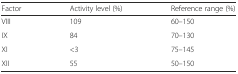
| Factor | Activity level (%) | Reference range (%) |
 | --- | --- | --- |
 | VIII | 109 | 60–150 |
 | IX | 84 | 70–130 |
 | XI | <3 | 75–145 |
 | XII | 55 | 50–150 |